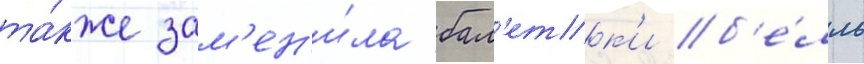
та́кже зам'ен'и́ла бал'етк'и б'е́лль